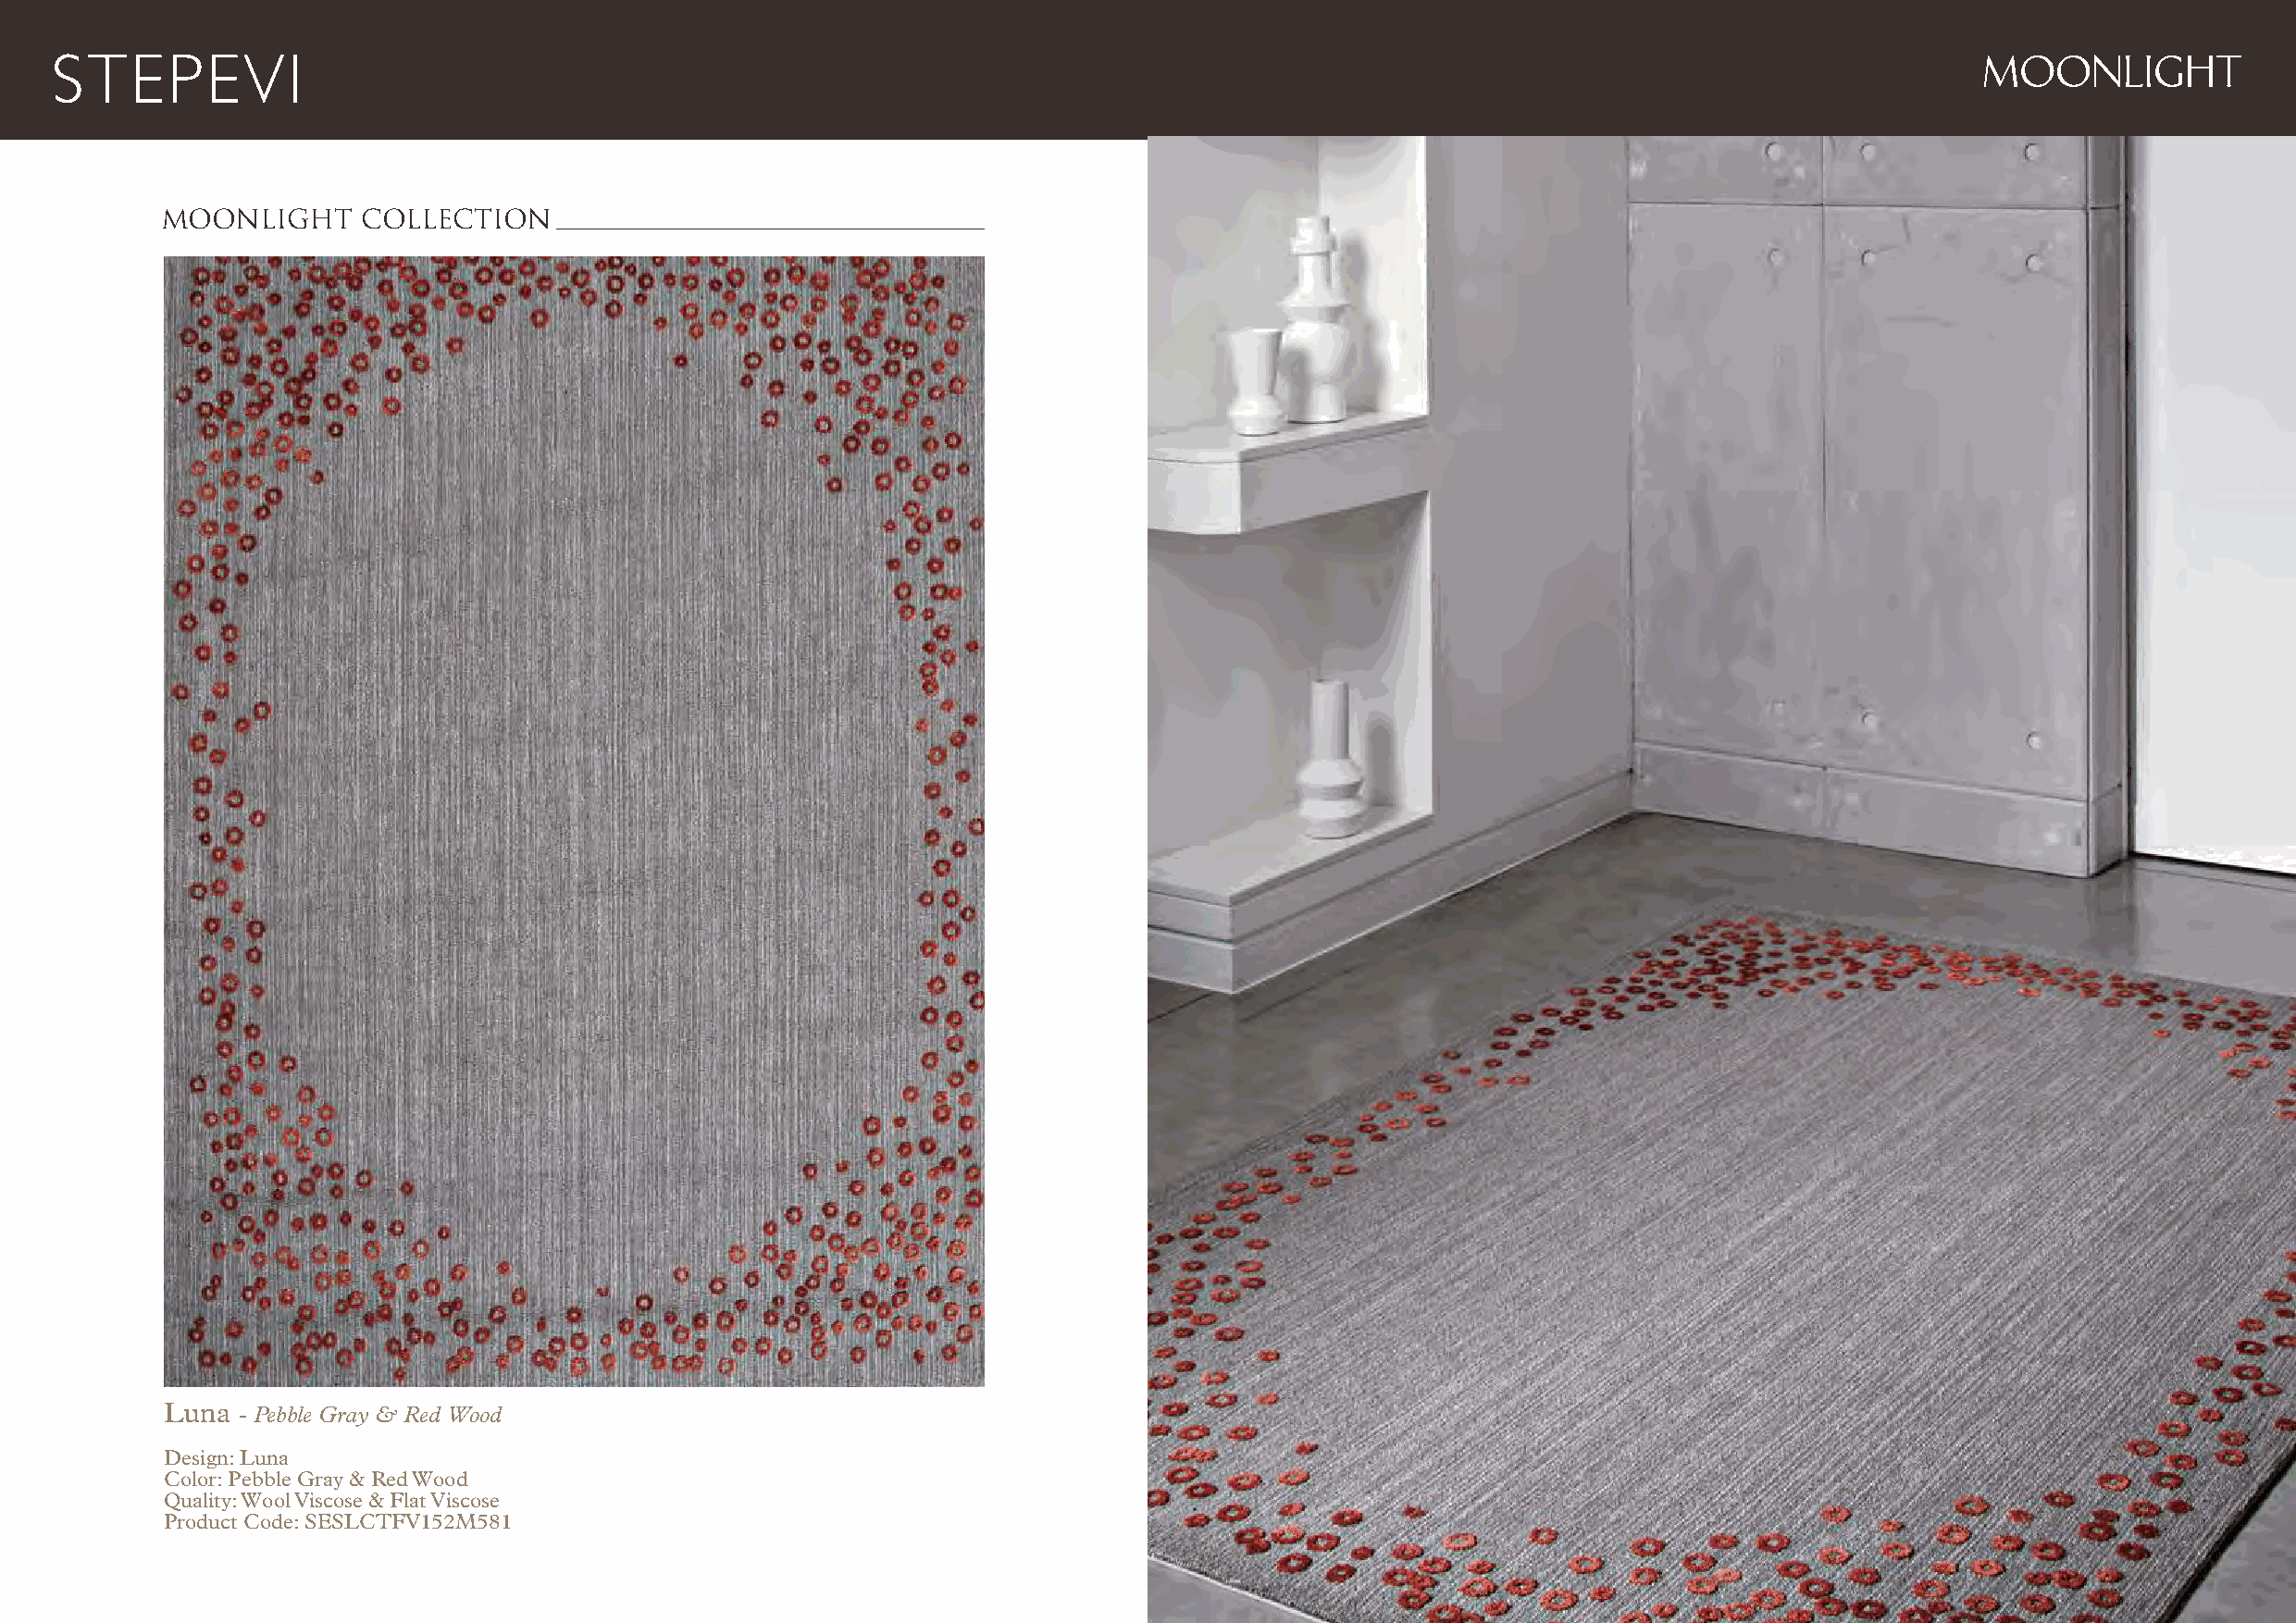
MOONLIGHT
 MOONLIGHT     COLLECTION
 Luna - Pebble Gray & Red Wood
 Design: Luna
 Color: Pebble Gray & Red Wood
 Quality: Wool Viscose & Flat Viscose
 Product Code: SESLCTFV152M581